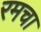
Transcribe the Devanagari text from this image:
रमचा